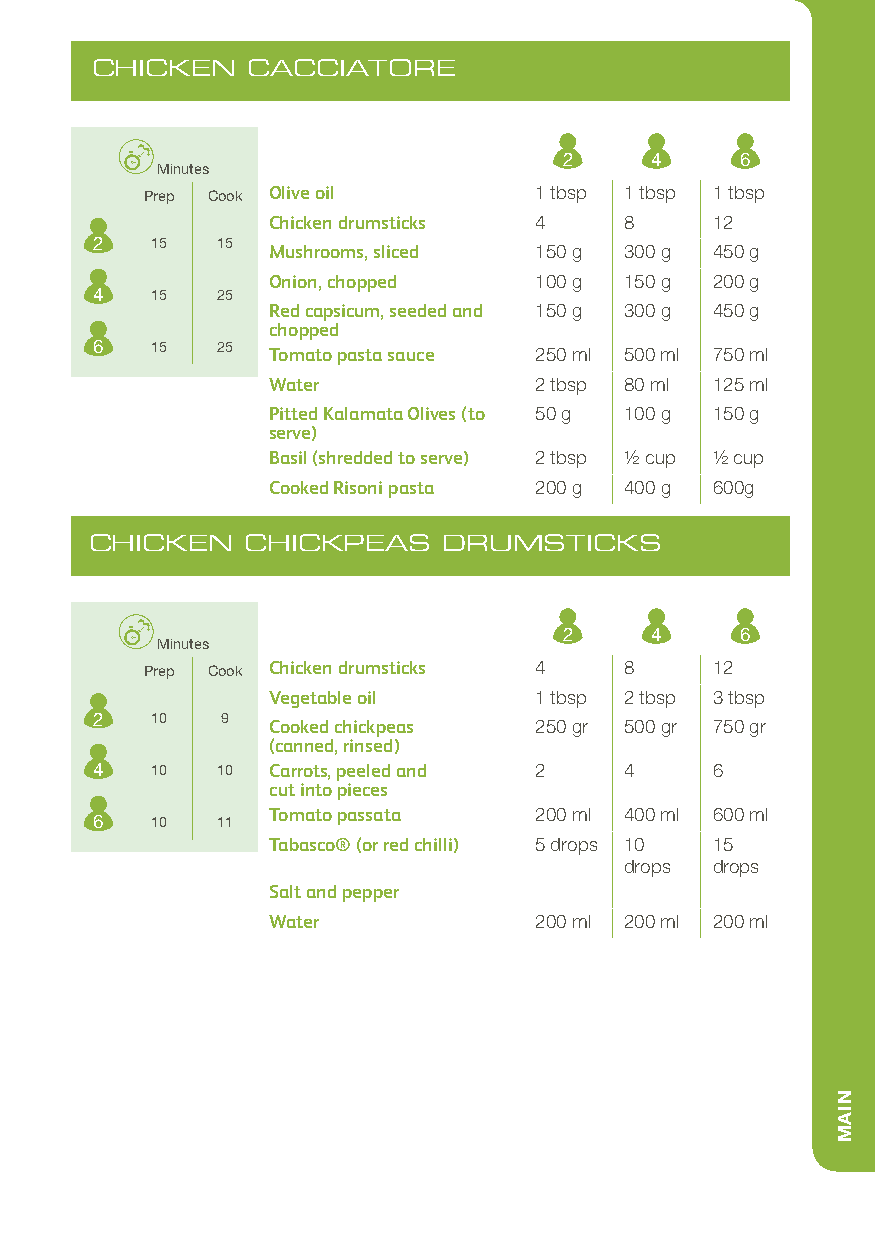
CHICKEN   CACCIATORE
 2     4     6
 Minutes
 Prep Cook Olive oil      1 tbsp 1 tbsp 1 tbsp
 Chicken drumsticks 4   8     12
 2   15  15
 Mushrooms, sliced 150 g 300 g 450 g
 Onion, chopped   100 g 150 g 200 g
 4   15  25
 Red capsicum, seeded and 150 g 300 g 450 g
 chopped
 6   15  25  Tomato pasta sauce 250 ml 500 ml 750 ml
 Water            2 tbsp 80 ml 125 ml
 Pitted Kalamata Olives (to 50 g 100 g 150 g
 serve)
 Basil (shredded to serve) 2 tbsp 1/2 cup 1/2 cup
 Cooked Risoni pasta 200 g 400 g 600g
 CHICKEN   CHICKPEAS    DRUMSTICKS
 2     4     6
 Minutes
 Prep Cook Chicken drumsticks 4 8     12
 Vegetable oil    1 tbsp 2 tbsp 3 tbsp
 2   10   9
 Cooked chickpeas 250 gr 500 gr 750 gr
 (canned, rinsed)
 4   10  10  Carrots, peeled and 2  4     6
 cut into pieces
 Tomato passata   200 ml 400 ml 600 ml
 6   10  11
 Tabasco® (or red chilli) 5 drops 10 15
 drops drops
 Salt and pepper
 Water            200 ml 200 ml 200 ml
 NIAM